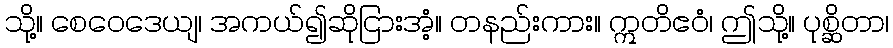
သို့။ စေဝေဒေယျ၊ အကယ်၍ဆိုငြားအံ့။ တနည်းကား။ ဣတိဧဝံ၊ ဤသို့။ ပုစ္ဆိတာ၊